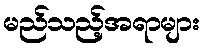
မည်သည့်အရာများ